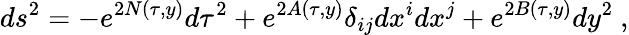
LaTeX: ds^{2}=-e^{2N(\tau,y)}d\tau^{2}+e^{2A(\tau,y)}\delta_{ij}dx^{i}dx^{j}+e^{2B(\tau,y)}dy^{2}~,